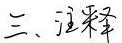
三、注释